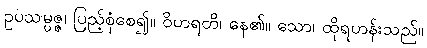
ဥပသမ္ပဇ္ဇ၊ ပြည့်စုံစေ၍။ ဝိဟရတိ၊ နေ၏။ သော၊ ထိုရဟန်းသည်။